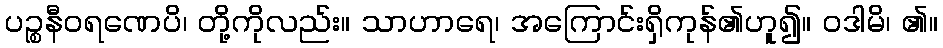
ပဉ္စနီဝရဏေပိ၊ တို့ကိုလည်း။ သာဟာရေ၊ အကြောင်းရှိကုန်၏ဟူ၍။ ဝဒါမိ၊ ၏။